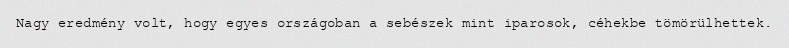
Nagy eredmény volt, hogy egyes országoban a sebészek mint iparosok, céhekbe tömörülhettek.